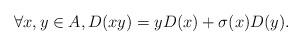
LaTeX: \begin{align*} \forall x, y \in A, D(xy) = yD(x) + \sigma(x)D(y).\end{align*}